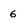
Character: 6